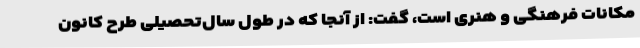
مکانات فرهنگی و هنری است، گفت: از آنجا که در طول سال‌تحصیلی طرح کانون